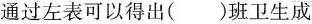
通过左表可以得出()班卫生成